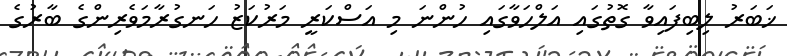
ޚަބަރު ލިބިފައިވާ ގޮތުގައި އަލްހަވާގައި ހުންނަ މި އަސްކަރީ މަރުކަޒު ހަނގުރާމަވެރިންގެ ބާރުގެ